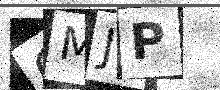
Text: QMJP